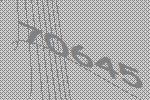
70645